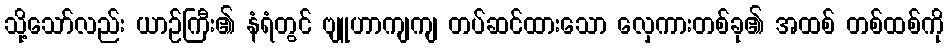
သို့သော်လည်း ယာဉ်ကြီး၏ နံရံတွင် ဗျူဟာကျကျ တပ်ဆင်ထားသော လှေကားတစ်ခု၏ အထစ် တစ်ထစ်ကို